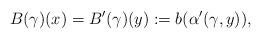
LaTeX: \begin{align*}B(\gamma)(x)=B'(\gamma)(y):=b( \alpha'(\gamma,y)),\end{align*}